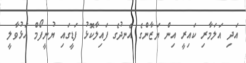
އަދި އަލަމާރި ކައިރީ އިން ޔަޒާންގެ އެނދުގެ ފައިލާކޮޅު ފަޑީގައި ޔުނީފޯމް އަޅުވާލީ